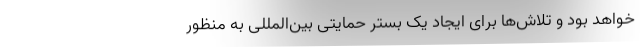
خواهد بود و تلاش‌ها برای ایجاد یک بستر حمایتی بین‌المللی به منظور